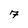
Character: 7